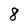
Character: 8